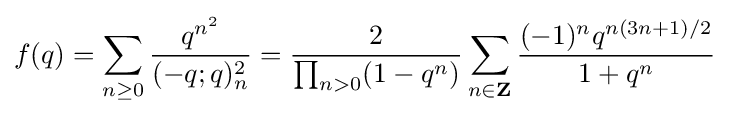
f(q)=\sum _{n\geq 0}{\frac {q^{n^{2}}}{(-q;q)_{n}^{2}}}={\frac {2}{\prod _{n>0}(1-q^{n})}}\sum _{n\in \mathbf {Z} }{\frac {(-1)^{n}q^{n(3n+1)/2}}{1+q^{n}}}